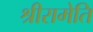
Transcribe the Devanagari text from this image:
श्रीरामेति